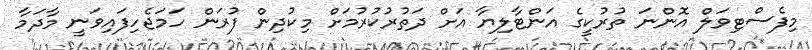
މިފެސްޓިވަލް އޮންނަ ތުރުކީގެ އަންޓާލިޔާ އަށް ދަތުރުކުރުމަށް މިކުދިން ފުރަން ހަމަޖެހިފައިވަނީ މާދަމާ